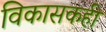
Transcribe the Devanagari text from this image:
विकासकही